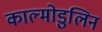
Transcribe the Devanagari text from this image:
काल्मोडुलिन